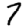
Digit: 7